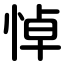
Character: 悼